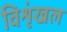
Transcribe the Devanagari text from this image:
विशृंखल